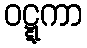
ဝဋ္ဋကာ